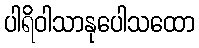
ပါရိဝါသာနုပေါသထော